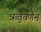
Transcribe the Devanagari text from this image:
ऋतुवर्णन